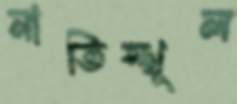
নাতিস্থূল